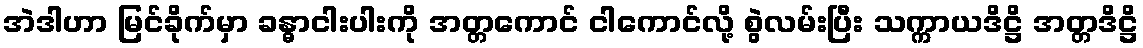
အဲဒါဟာ မြင်ခိုက်မှာ ခန္ဓာငါးပါးကို အတ္တကောင် ငါကောင်လို့ စွဲလမ်းပြီး သက္ကာယဒိဋ္ဌိ အတ္တဒိဋ္ဌိ